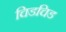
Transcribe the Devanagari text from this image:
चिडचिड